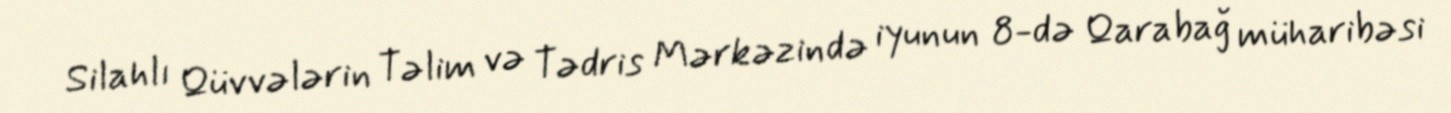
Silahlı Qüvvələrin Təlim və Tədris Mərkəzində iyunun 8-də Qarabağ müharibəsi